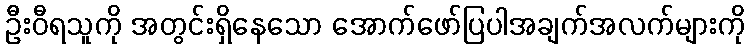
ဦးဝီရသူကို အတွင်းရှိနေသော အောက်ဖော်ပြပါအချက်အလက်များကို